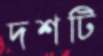
দশটি